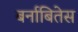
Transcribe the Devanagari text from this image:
बर्नाबितेस